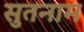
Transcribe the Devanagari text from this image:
सुतनाम